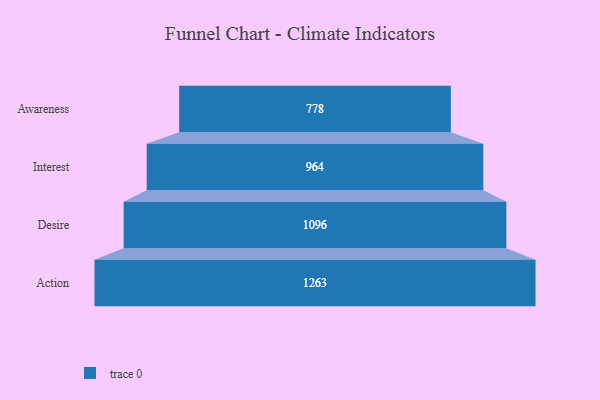
{"axis": {"x": "Stage", "y": "Value"}, "legend": [""], "data": [{"x": "Awareness", "y": 778.0, "type": ""}, {"x": "Interest", "y": 964.0, "type": ""}, {"x": "Desire", "y": 1096.0, "type": ""}, {"x": "Action", "y": 1263.0, "type": ""}]}